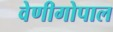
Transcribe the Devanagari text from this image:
वेणीगोपाल